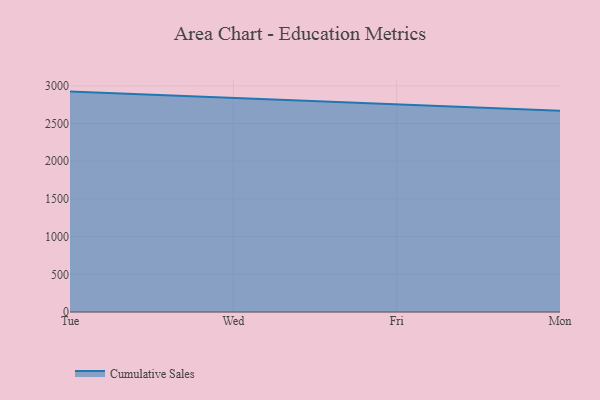
{"axis": {"x": "Day", "y": "Tickets Resolved"}, "legend": ["Cumulative Sales"], "data": [{"x": "Tue", "y": 2923.3, "type": "Cumulative Sales"}, {"x": "Wed", "y": 2835.9, "type": "Cumulative Sales"}, {"x": "Fri", "y": 2749.8, "type": "Cumulative Sales"}, {"x": "Mon", "y": 2670.1, "type": "Cumulative Sales"}]}